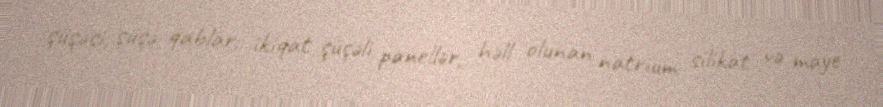
şüşəsi, şüşə qablar, ikiqat şüşəli panellər, həll olunan natrium silikat və maye